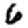
Digit: 6